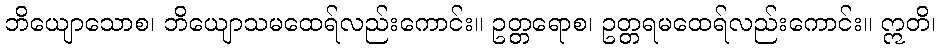
ဘိယျောသောစ၊ ဘိယျောသမထေရ်လည်းကောင်း။ ဥတ္တရောစ၊ ဥတ္တရမထေရ်လည်းကောင်း။ ဣတိ၊